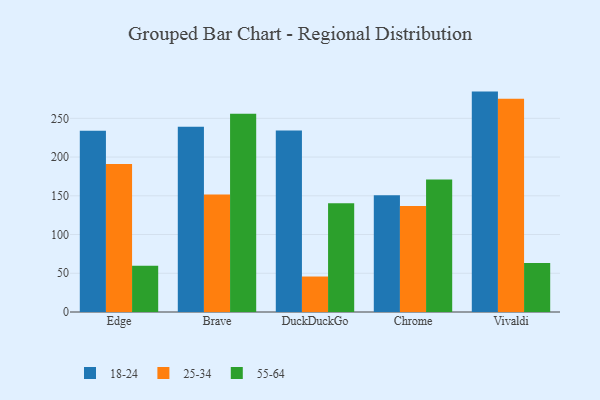
{"axis": {"x": "Browser", "y": "Temperature (°C)"}, "legend": ["18-24", "25-34", "55-64"], "data": [{"x": "Edge", "y": 234.0, "type": "18-24"}, {"x": "Edge", "y": 191.0, "type": "25-34"}, {"x": "Edge", "y": 59.6, "type": "55-64"}, {"x": "Brave", "y": 239.1, "type": "18-24"}, {"x": "Brave", "y": 151.6, "type": "25-34"}, {"x": "Brave", "y": 256.0, "type": "55-64"}, {"x": "DuckDuckGo", "y": 234.2, "type": "18-24"}, {"x": "DuckDuckGo", "y": 45.8, "type": "25-34"}, {"x": "DuckDuckGo", "y": 140.4, "type": "55-64"}, {"x": "Chrome", "y": 150.6, "type": "18-24"}, {"x": "Chrome", "y": 136.7, "type": "25-34"}, {"x": "Chrome", "y": 171.1, "type": "55-64"}, {"x": "Vivaldi", "y": 284.5, "type": "18-24"}, {"x": "Vivaldi", "y": 275.3, "type": "25-34"}, {"x": "Vivaldi", "y": 63.1, "type": "55-64"}]}